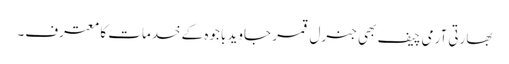
بھارتی آرمی چیف بھی جنرل قمر جاوید باجوہ کے خدمات کا معترف۔